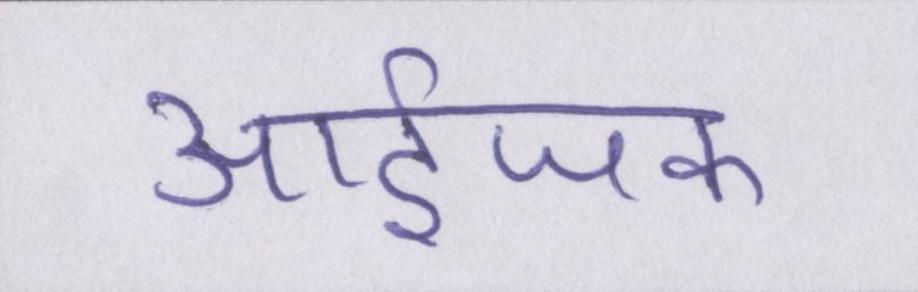
आईजक